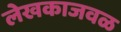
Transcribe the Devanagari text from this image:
लेखकाजवळ